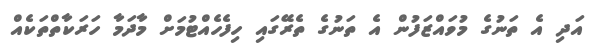
އަދި އެ ތަނުގެ މުވައްޒަފުން އެ ތަނުގެ ތެރޭގައި ހިފެހެއްޓުމަށް މާދަމާ ހަރަކާތްތަކެއް